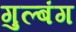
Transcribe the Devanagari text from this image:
गुल्बंग